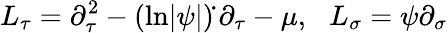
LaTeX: L_{\tau}=\partial_{\tau}^{2}-(\mathrm{ln}|\psi|)\dot{}\, \partial_{\tau}-\mu,\, \, \, \, L_{\sigma}=\psi\partial_{\sigma}